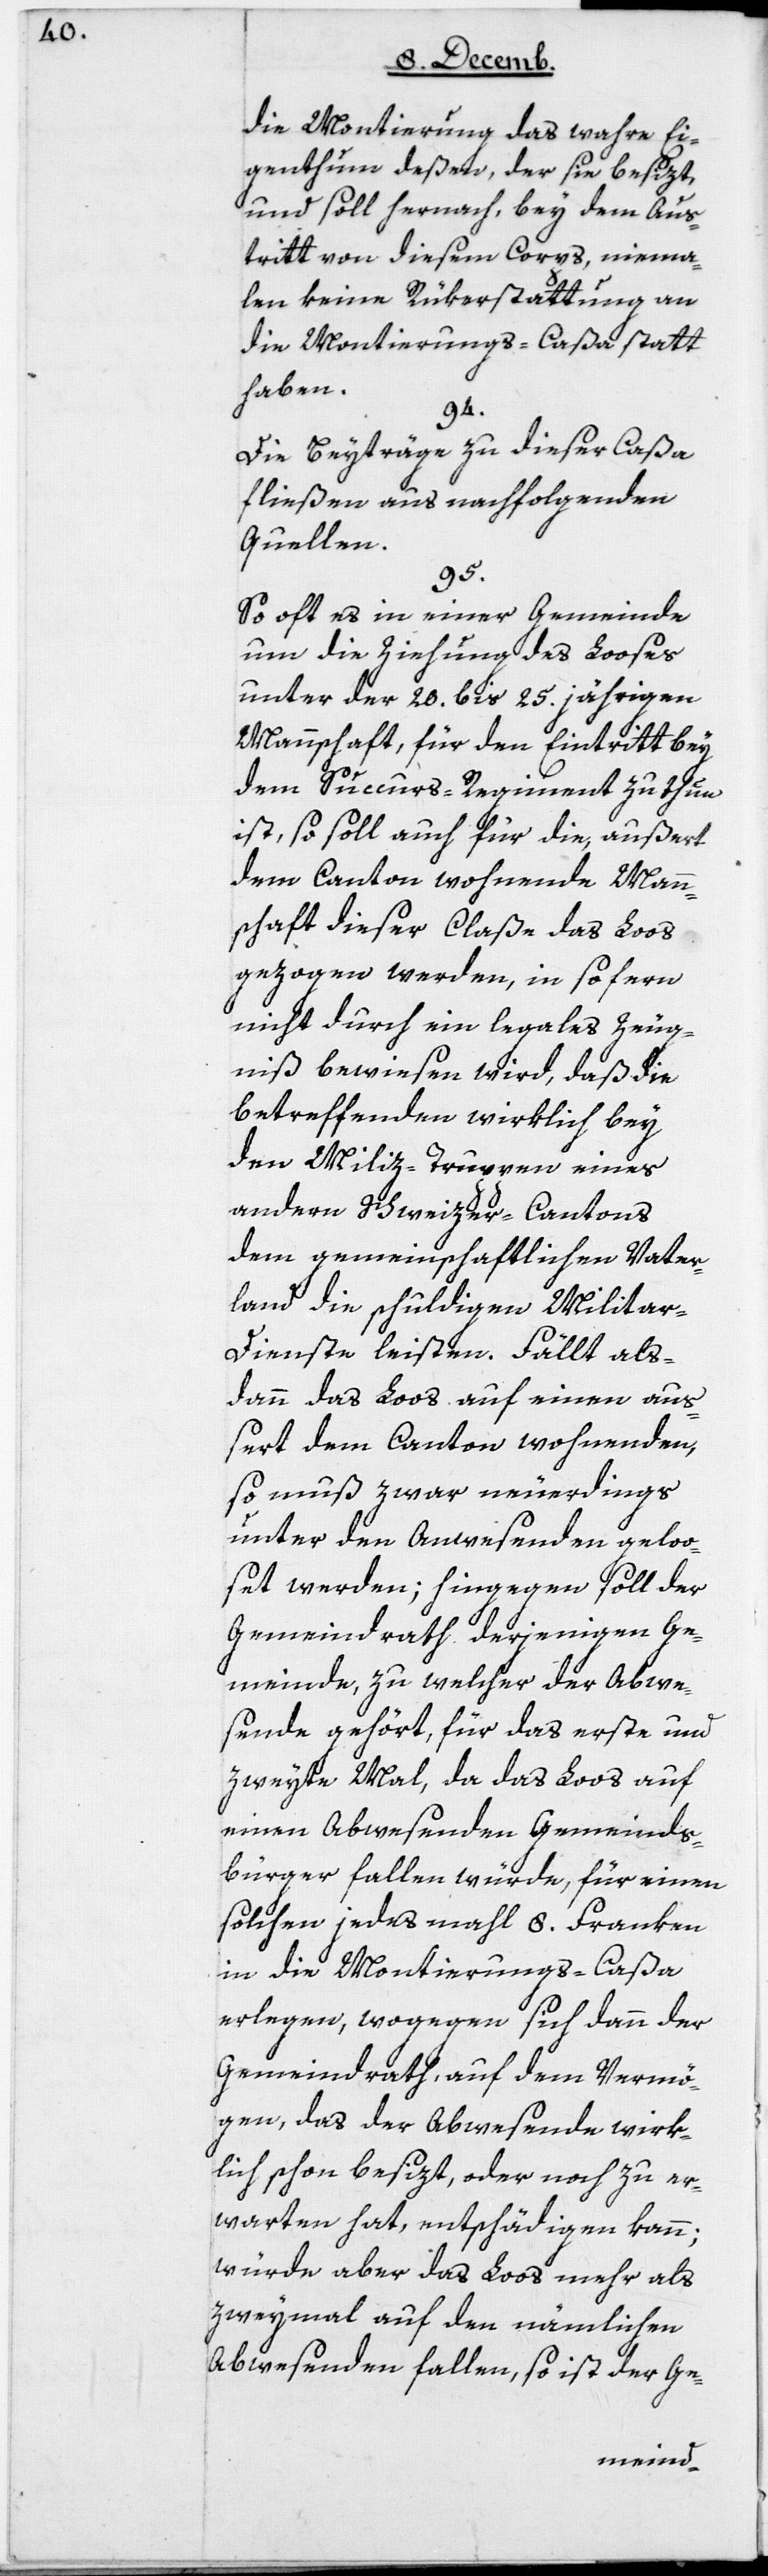
die Montierung das wahre Ei¬
genthum deßen, der sie besizt,
und soll hernach, bey dem Aus¬
tritt von diesem Corps, niema¬
len keine Rükerstattung an
die Montierungs-Caßa statt¬
haben.
94.
Die Beyträge zu dieser Caßa
fließen aus nachfolgenden
Quellen.
95.
So oft es in einer Gemeinde
um die Ziehung des Looses
unter der 20 bis 25 jährigen
Mannschaft, für den Eintritt bey
dem Succurs-Regiment zu thun
ist, so soll auch für die außert
dem Canton wohnende Mann¬
schaft dieser Claße das Loos
gezogen werden, in sofern
nicht durch ein legales Zeug¬
niß bewiesen wird, daß die
betreffenden wirklich bey
den Miliz-Truppen eines
andern Schweizer-Cantons
dem gemeinschaftlichen Vater¬
land die schuldigen Militar¬
dienste leisten. Fällt als¬
dann das Loos auf einen auß¬
ert dem Canton wohnenden,
so muß zwar neuerdings
unter den Anwesenden geloo¬
set werden; hingegen soll der
Gemeindrath derjenigen Ge¬
meinde, zu welcher der Abwe¬
sende gehört, für das erste und
zweyte Mal, da das Loos auf
einen abwesenden Gemeinds¬
bürger fallen würde, für einen
solchen jedes Mal 8 Franken
in die Montierungs-Caßa
erlegen, wogegen sich dann der
Gemeindrath, auf dem Vermö¬
gen, das der Abwesende wirk¬
lich schon besizt, oder noch zu er¬
warten hat, entschädigen kann;
würde aber das Loos mehr als
zweymal auf den nämlichen
Abwesenden fallen, so ist der Ge-